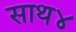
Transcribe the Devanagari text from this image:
साथ४